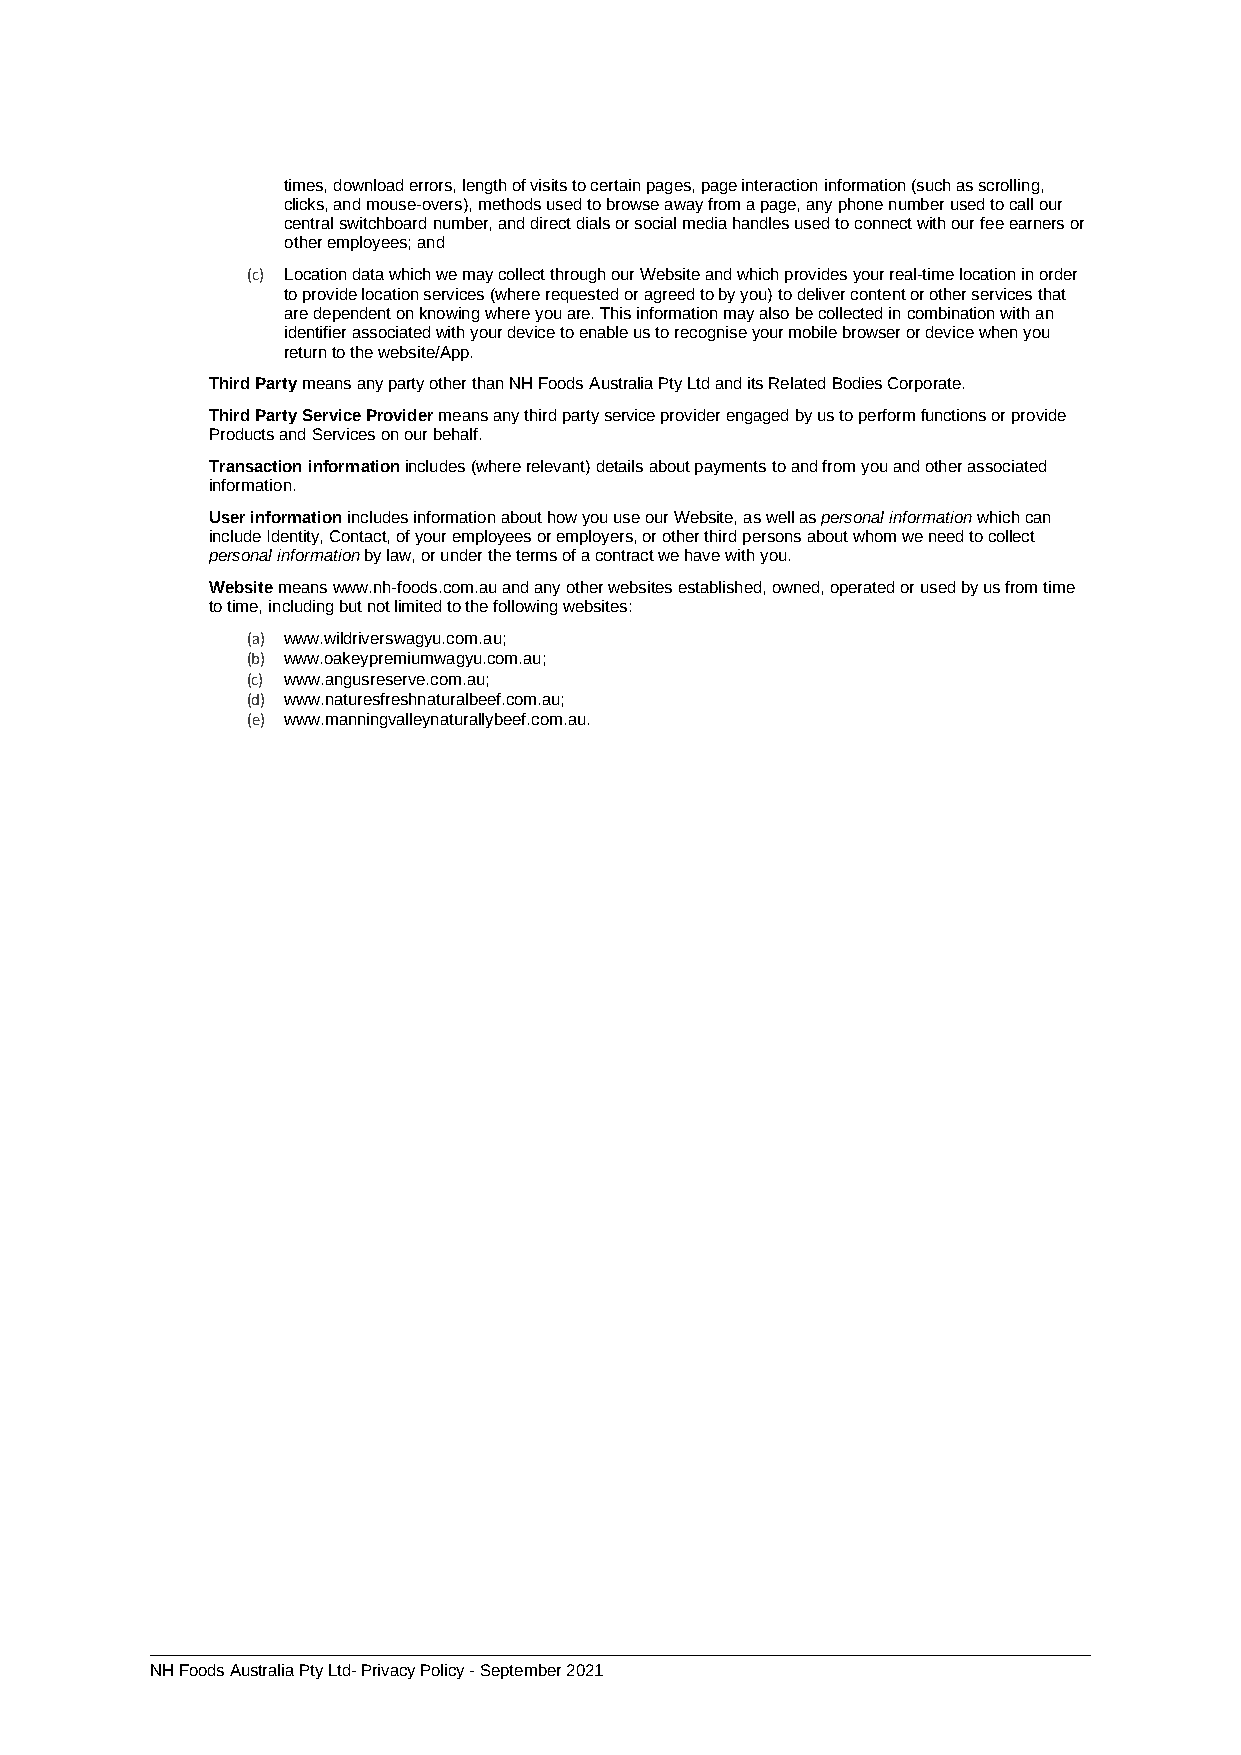
times, download errors, length of visits to certain pages, page interaction information (such as scrolling,
 clicks, and mouse-overs), methods used to browse away from a page, any phone number used to call our
 central switchboard number, and direct dials or social media handles used to connect with our fee earners or
 other employees; and
 (c) Location data which we may collect through our Website and which provides your real-time location in order
 to provide location services (where requested or agreed to by you) to deliver content or other services that
 are dependent on knowing where you are. This information may also be collected in combination with an
 identifier associated with your device to enable us to recognise your mobile browser or device when you
 return to the website/App.
 Third Party means any party other than NH Foods Australia Pty Ltd and its Related Bodies Corporate.
 Third Party Service Provider means any third party service provider engaged by us to perform functions or provide
 Products and Services on our behalf.
 Transaction information includes (where relevant) details about payments to and from you and other associated
 information.
 User information includes information about how you use our Website, as well as personal information which can
 include Identity, Contact, of your employees or employers, or other third persons about whom we need to collect
 personal information by law, or under the terms of a contract we have with you.
 Website means www.nh-foods.com.au and any other websites established, owned, operated or used by us from time
 to time, including but not limited to the following websites:
 (a) www.wildriverswagyu.com.au;
 (b) www.oakeypremiumwagyu.com.au;
 (c) www.angusreserve.com.au;
 (d) www.naturesfreshnaturalbeef.com.au;
 (e) www.manningvalleynaturallybeef.com.au.
 0N2019820.DOCHX;2 Foods Australia Pty Ltd- Privacy Policy - September 2021